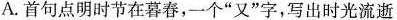
A.首句点明时节在暮春，一个”又”字，写出时光流逝